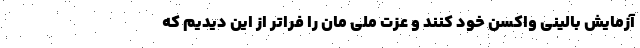
آزمایش بالینی واکسن خود کنند و عزت ملی مان را فراتر از این دیدیم که